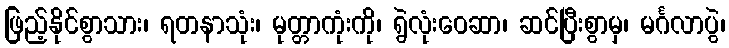
ဖြည့်နိုင်စွာသား၊ ရတနာသုံး၊ မုတ္တာကုံးကို၊ ရွဲလုံးဝေဆာ၊ ဆင်ပြီးစွာမှ၊ မင်္ဂလာပွဲ၊